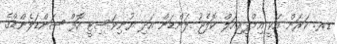
ޑރ. ކަރަން އަކީ އިމްޕީރިއަލް ކޮލެޖު ލަންޑަން އަދި ޔުނިވަސިޓީ އޮފް ސަންޑަލެންޑްގެ